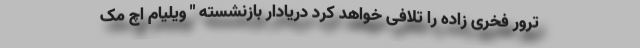
ترور فخری زاده را تلافی خواهد کرد دریادار بازنشسته " ویلیام اچ مک